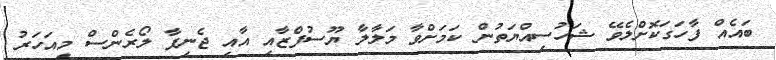
ބައެއް ފާހަގަކޮށްލެވޭ ޝަހުސިއްޔަތުން ކަމަށްވާ މަލާލާ ޔޫސުފްޒާއި އާއި ޖެނިފާ ލޯރެންސް މިއަހަރު